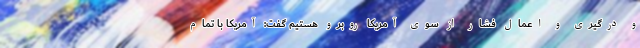
و درگیری و اعمال فشار از سوی آمریکا روبرو هستیم گفت: آمریکا با تمام